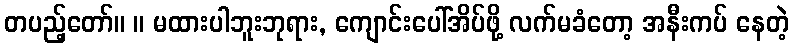
တပည့်တော်။ ။ မထားပါဘူးဘုရား, ကျောင်းပေါ်အိပ်ဖို့ လက်မခံတော့ အနီးကပ် နေတဲ့